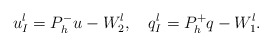
\begin{align*} u^l_I=P_h^-u-W^l_2,\ \ \ q^l_I=P_h^+q-W^l_1.\end{align*}